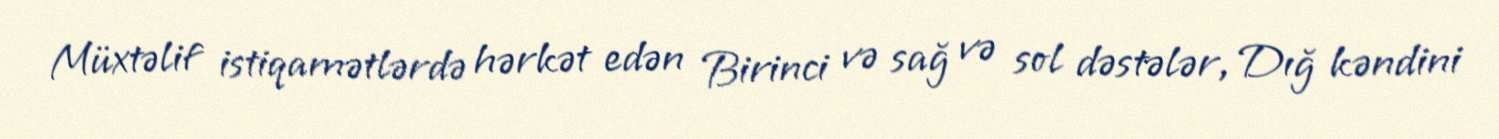
Müxtəlif istiqamətlərdə hərkət edən Birinci və sağ və sol dəstələr, Dığ kəndini